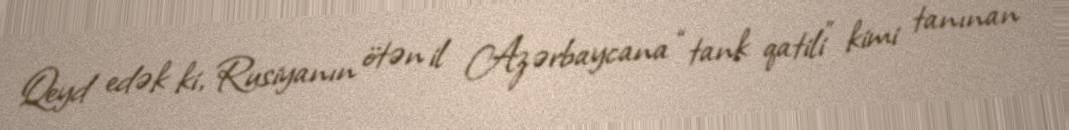
Qeyd edək ki, Rusiyanın ötən il Azərbaycana “tank qatili” kimi tanınan